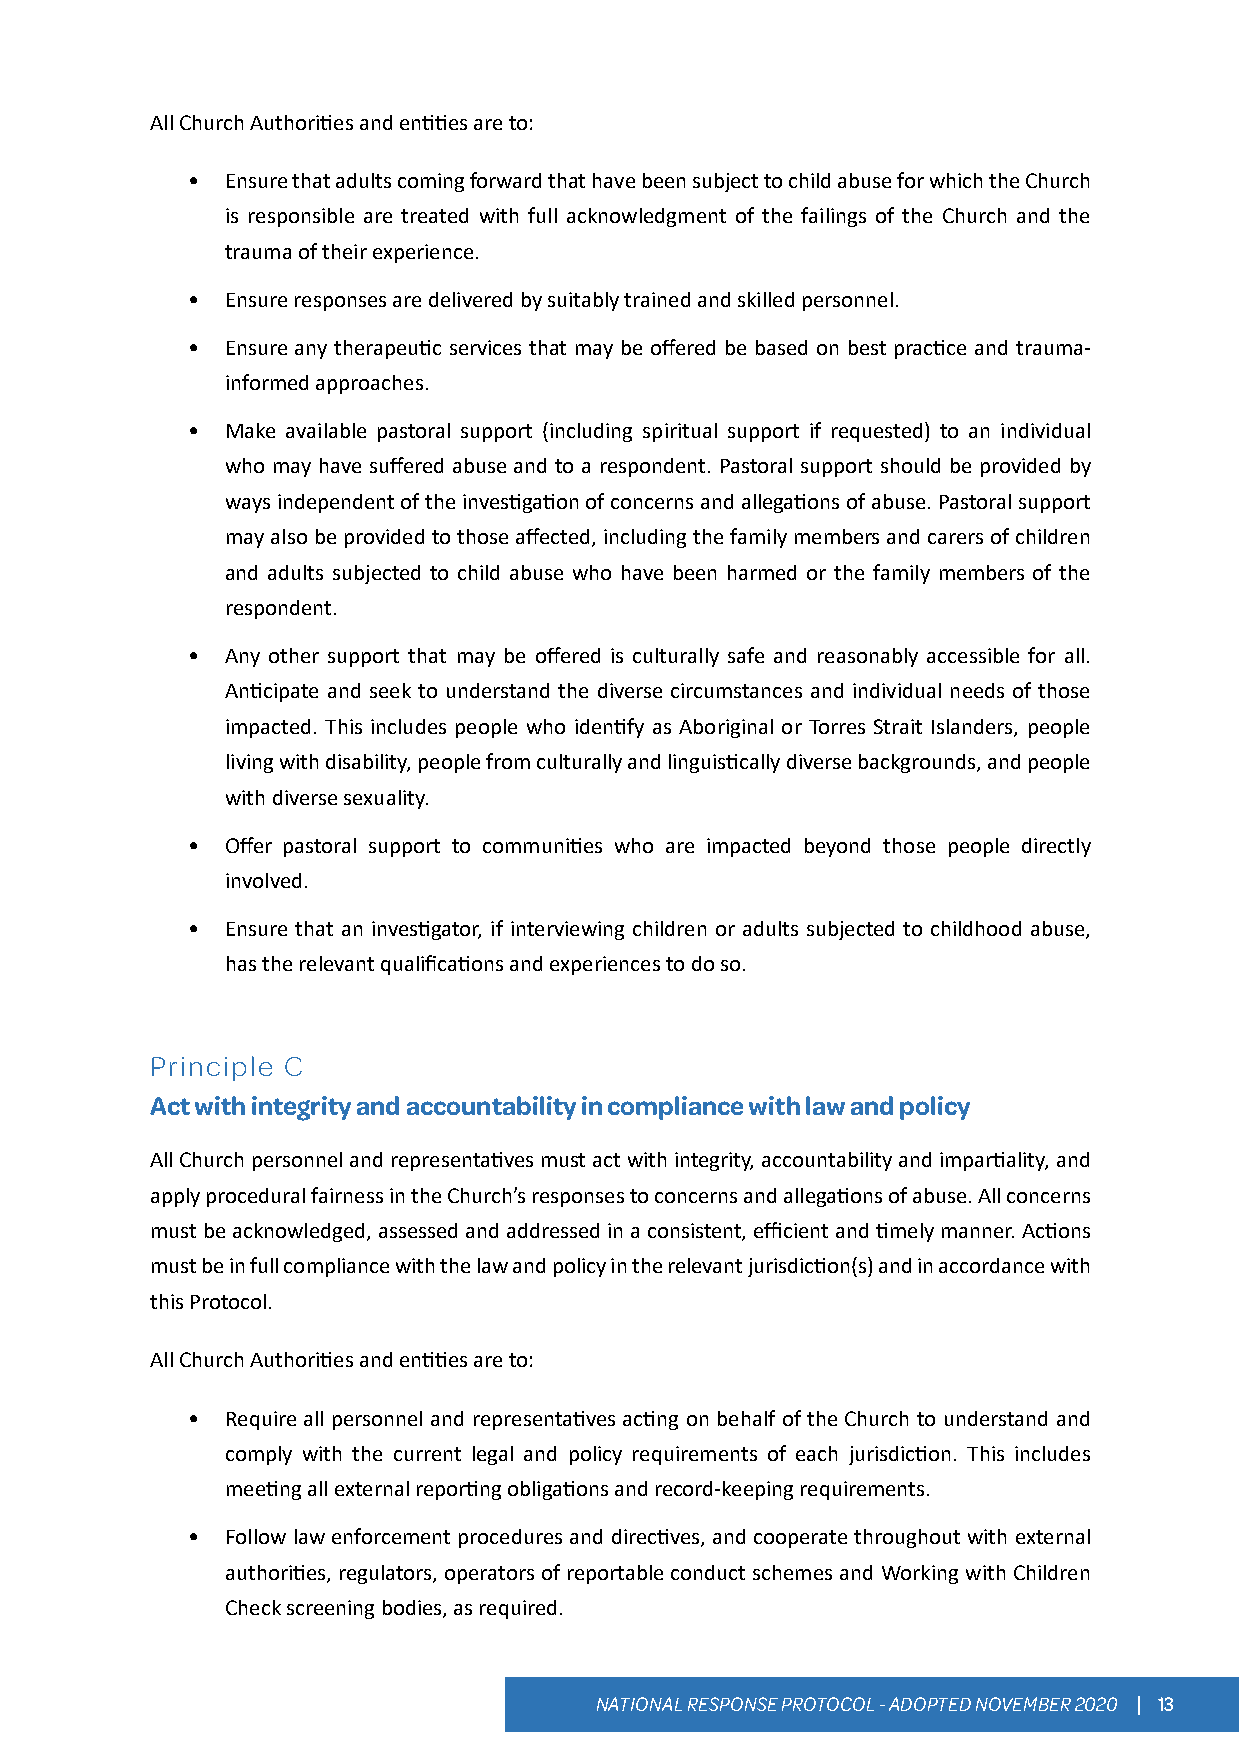
All Church Authorities and entities are to:
 •  Ensure that adults coming forward that have been subject to child abuse for which the Church
 is responsible are treated with full acknowledgment of the failings of the Church and the
 trauma of their experience.
 •  Ensure responses are delivered by suitably trained and skilled personnel.
 •  Ensure any therapeutic services that may be offered be based on best practice and trauma-
 informed approaches.
 •  Make available pastoral support (including spiritual support if requested) to an individual
 who may have suffered abuse and to a respondent. Pastoral support should be provided by
 ways independent of the investigation of concerns and allegations of abuse. Pastoral support
 may also be provided to those affected, including the family members and carers of children
 and adults subjected to child abuse who have been harmed or the family members of the
 respondent.
 •  Any other support that may be offered is culturally safe and reasonably accessible for all.
 Anticipate and seek to understand the diverse circumstances and individual needs of those
 impacted. This includes people who identify as Aboriginal or Torres Strait Islanders, people
 living with disability, people from culturally and linguistically diverse backgrounds, and people
 with diverse sexuality.
 •  Offer pastoral support to communities who are impacted beyond those people directly
 involved.
 •  Ensure that an investigator, if interviewing children or adults subjected to childhood abuse,
 has the relevant qualifications and experiences to do so.
 Principle C
 Act with integrity and accountability in compliance with law and policy
 All Church personnel and representatives must act with integrity, accountability and impartiality, and
 apply procedural fairness in the Church’s responses to concerns and allegations of abuse. All concerns
 must be acknowledged, assessed and addressed in a consistent, efficient and timely manner. Actions
 must be in full compliance with the law and policy in the relevant jurisdiction(s) and in accordance with
 this Protocol.
 All Church Authorities and entities are to:
 •  Require all personnel and representatives acting on behalf of the Church to understand and
 comply with the current legal and policy requirements of each jurisdiction. This includes
 meeting all external reporting obligations and record-keeping requirements.
 •  Follow law enforcement procedures and directives, and cooperate throughout with external
 authorities, regulators, operators of reportable conduct schemes and Working with Children
 Check screening bodies, as required.
 NATIONAL RESPONSE PROTOCOL - ADOPTED NOVEMBER 2020 | 13